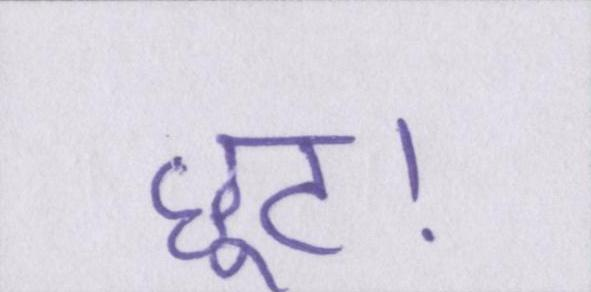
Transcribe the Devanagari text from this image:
छूट।